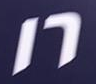
16